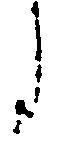
月